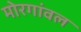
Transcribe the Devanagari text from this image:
मोरगांवल